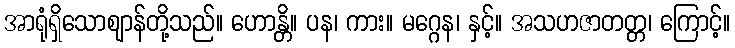
အာရုံရှိသောဈာန်တို့သည်။ ဟောန္တိ။ ပန၊ ကား။ မဂ္ဂေန၊ နှင့်။ အသဟဇာတတ္တ၊ ကြောင့်။